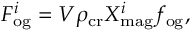
F _ { \mathrm { o g } } ^ { i } = V \rho _ { \mathrm { c r } } X _ { \mathrm { m a g } } ^ { i } f _ { \mathrm { o g } } ,